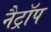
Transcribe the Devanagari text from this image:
नैट्रॉप